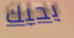
بحبك